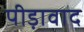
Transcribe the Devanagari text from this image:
पीड़ावाद